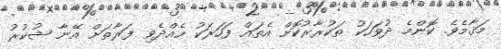
މަޤާމެވެ. ކޮންމެ ދުވަހަކު ތަކުރާރުކޮށް އެތައް ފަހަރަކު ހެއްދެވި ފަރާތަށް އޭނާ ޝުކުރު